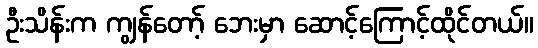
ဦးသိန်းက ကျွန်တော့် ဘေးမှာ ဆောင့်ကြောင့်ထိုင်တယ်။